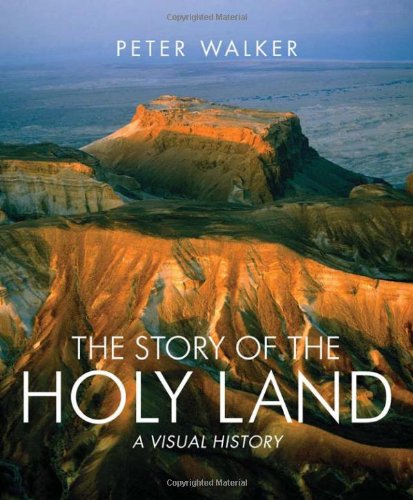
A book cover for The Story of the Holy Land: A Visual History; Peter Walker; History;